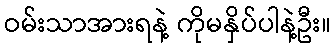
ဝမ်းသာအားရနဲ့ ကိုမနှိပ်ပါနဲ့ဦး။